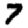
Digit: 7